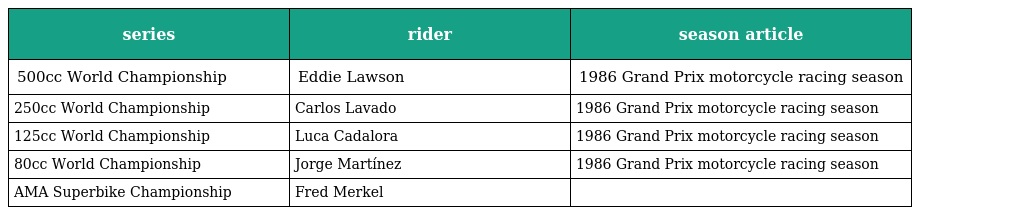
| series | rider | season article |
 | --- | --- | --- |
 | 500cc World Championship | Eddie Lawson | 1986 Grand Prix motorcycle racing season |
 | 250cc World Championship | Carlos Lavado | 1986 Grand Prix motorcycle racing season |
 | 125cc World Championship | Luca Cadalora | 1986 Grand Prix motorcycle racing season |
 | 80cc World Championship | Jorge Martínez | 1986 Grand Prix motorcycle racing season |
 | AMA Superbike Championship | Fred Merkel |  |